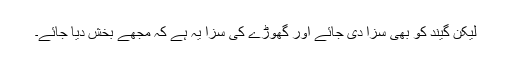
لیکن گیند کو بھی سزا دی جائے اور گھوڑے کی سزا یہ ہے کہ مجھے بخش دیا جائے۔